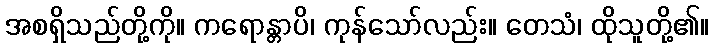
အစရှိသည်တို့ကို။ ကရောန္တာပိ၊ ကုန်သော်လည်း။ တေသံ၊ ထိုသူတို့၏။